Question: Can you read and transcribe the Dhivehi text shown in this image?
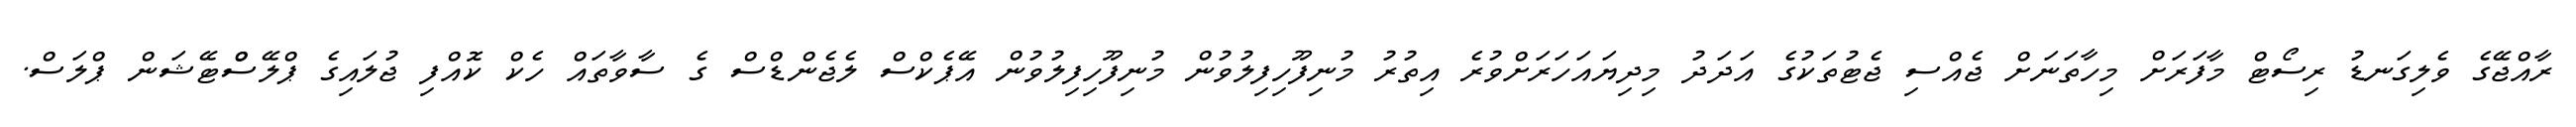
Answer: ރާއްޖޭގެ ވެލިގަނޑު ރިސޯޓް މާފަރަށް މިހާތަނަށް ޖެއްސި ޖެޓުތަކުގެ އަދަދު މިދިޔައަހަރަށްވުރެ އިތުރު މުނިފޫހިފިލުވުން މުނިފޫހިފިލުވުން އޭޕެކްސް ލެޖެންޑްސް ގެ ސާވާތައް ހެކް ކޮއްފި ޖުލައިގެ ޕްލޭސްްޓޭޝަން ޕްލަސް.